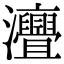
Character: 𤅣